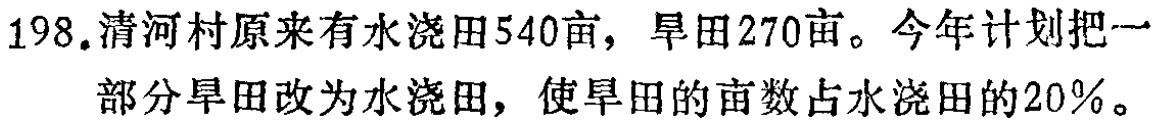
198.清河村原来有水浇田540亩，旱田270亩。今年计划把一部分旱田改为水浇田，使旱田的亩数占水浇田的20%。